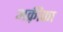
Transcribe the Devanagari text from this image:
अक़्रीका